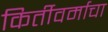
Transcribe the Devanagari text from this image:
किर्तीवर्माचा